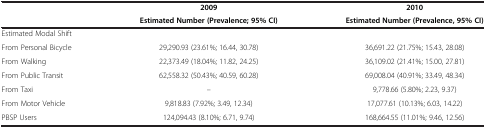
|  | 2009 | 2010 |
 |  | Estimated Number (Prevalence; 95% CI) | Estimated Number (Prevalence, 95% CI) |
 | --- | --- | --- |
 | Estimated Modal Shift |  |  |
 | From Personal Bicycle | 29,290.93 (23.61%; 16.44, 30.78) | 36,691.22 (21.75%; 15.43, 28.08) |
 | From Walking | 22,373.49 (18.04%; 11.82, 24.25) | 36,109.02 (21.41%; 15.00, 27.81) |
 | From Public Transit | 62,558.32 (50.43%; 40.59, 60.28) | 69,008.04 (40.91%; 33.49, 48.34) |
 | From Taxi | -- | 9,778.66 (5.80%; 2.23, 9.37) |
 | From Motor Vehicle | 9,818.83 (7.92%; 3.49, 12.34) | 17,077.61 (10.13%; 6.03, 14.22) |
 | PBSP Users | 124,094.43 (8.10%; 6.71, 9.74) | 168,664.55 (11.01%; 9.46, 12.56) |